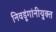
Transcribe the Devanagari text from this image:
निवडूंगांनीयुक्त